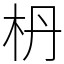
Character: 枬